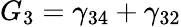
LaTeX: G_{3}=\gamma_{34}+\gamma_{32}